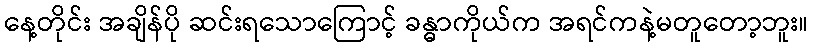
နေ့တိုင်း အချိန်ပို ဆင်းရသောကြောင့် ခန္ဓာကိုယ်က အရင်ကနဲ့မတူတော့ဘူး။